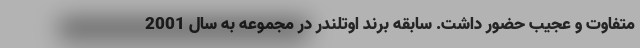
متفاوت و عجیب حضور داشت. سابقه برند اوتلندر در مجموعه به سال 2001